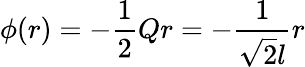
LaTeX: \phi(r)=-\frac 12Qr=-\frac{1}{\sqrt{2}l}r